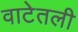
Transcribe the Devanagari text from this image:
वाटेतली